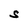
Character: S